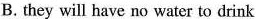
B.they will have no water to drink